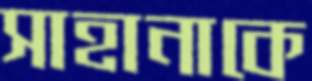
সাহানাকে